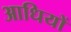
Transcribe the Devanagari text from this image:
आधियों